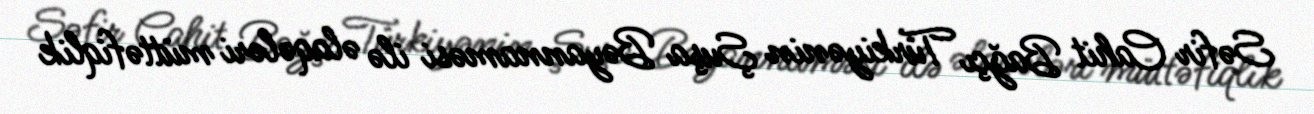
Səfir Cahit Bağçı Türkiyənin Şuşa Bəyannaməsi ilə əlaqələri müttəfiqlik